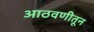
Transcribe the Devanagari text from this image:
आठवणीतून